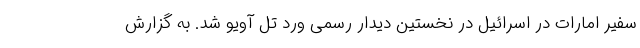
سفیر امارات در اسرائیل در نخستین دیدار رسمی ورد تل آویو شد. به گزارش